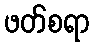
ဖတ်စရာ